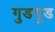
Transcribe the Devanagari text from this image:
गुडगुड